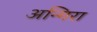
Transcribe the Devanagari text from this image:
अन्गिरा